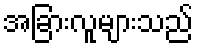
အခြားလူများသည်